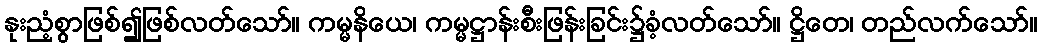
နုးညံ့စွာဖြစ်၍ဖြစ်လတ်သော်။ ကမ္မနိယေ၊ ကမ္မဋ္ဌာန်းစီးဖြန်းခြင်း၌ခံ့လတ်သော်။ ဋ္ဌိတေ၊ တည်လက်သော်။